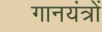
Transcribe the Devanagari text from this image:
गानयंत्रों